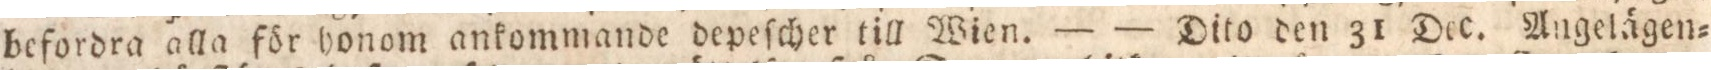
befordra alla för honom ankommande depeſcher till Wien. — — Dito den 31 Dec. Angelägen=